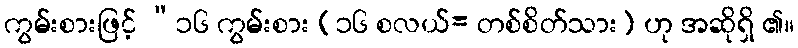
ကွမ်းစားဖြင့် “၁၆ ကွမ်းစား (၁၆ စလယ်= တစ်စိတ်သား) ဟု အဆိုရှိ ၏။